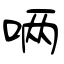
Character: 唡